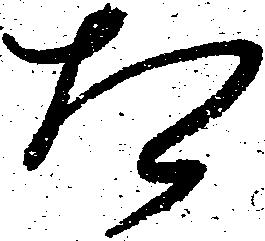
相